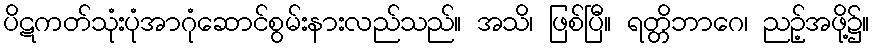
ပိဋကတ်သုံးပုံအာဂုံဆောင်စွမ်းနားလည်သည်။ အသိ၊ ဖြစ်ပြီ။ ရတ္တိဘာဂေ၊ ညဉ့်အဖို့၌။